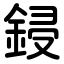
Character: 鋟